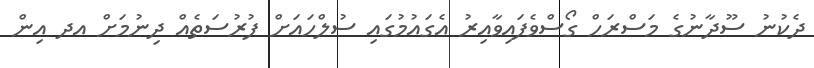
ދެކުނު ސޫދާނުގެ މަސްރަހް ގޯސްވެފައިވާއިރު އެގައުމުގައި ސުލްހައަށް ފުރުސަތެއް ދިނުމަށް އދ އިން